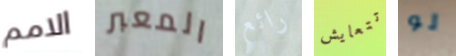
الامم المعبر رائع تتعايش لو